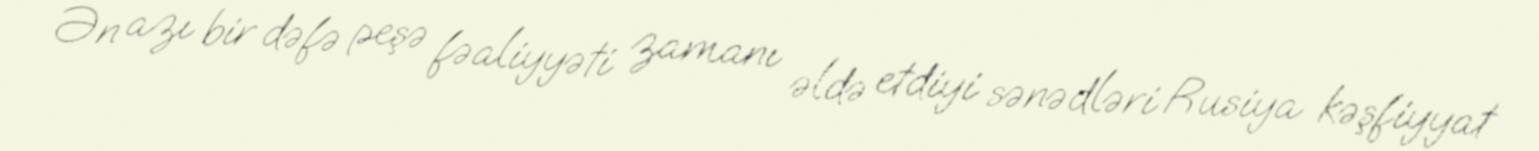
Ən azı bir dəfə peşə fəaliyyəti zamanı əldə etdiyi sənədləri Rusiya kəşfiyyat